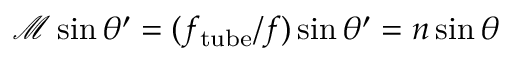
\mathcal { M } \sin \theta ^ { \prime } = ( f _ { \mathrm { t u b e } } / f ) \sin \theta ^ { \prime } = n \sin \theta